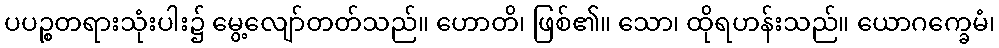
ပပဉ္စတရားသုံးပါး၌ မွေ့လျော်တတ်သည်။ ဟောတိ၊ ဖြစ်၏။ သော၊ ထိုရဟန်းသည်။ ယောဂက္ခေမံ၊